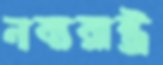
নব্যরাষ্ট্র